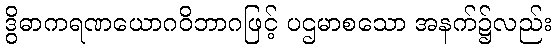
ဒွိဓာကရဏယောဂဝိဘာဂဖြင့် ပဌမာစသော အနက်၌လည်း